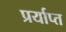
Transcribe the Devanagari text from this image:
प्रर्याप्‍त